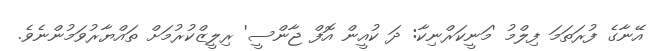
އޭނާގެ ފުރަތަމަ ފިލްމު 'މަނީކަރްނިކާ: ދަ ކުއީން އޮފް ޖާންސީ' ރިލީޒްކުރުމަށް ތައްޔާރުވަމުންނެވެ.